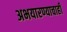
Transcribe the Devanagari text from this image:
अभयारण्याचाही